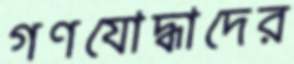
গণযোদ্ধাদের